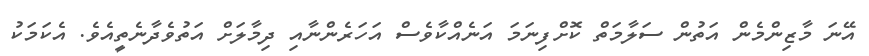
އޭނަ މާޒިންމެން އަތުން ސަލާމަތް ކޮށްފިނަމަ އަނެއްކާވެސް އަހަރެންނާއި ދިމާލަށް އަތުވެދާނެތީއެވެ. އެކަމަކު